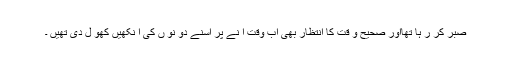
صبر کر ر ہا تھااور صحیح و قت کا انتظار بھی اب وقت آ نے پر اسنے دو نو ں کی آ نکھیں کھو ل دی تھیں ۔